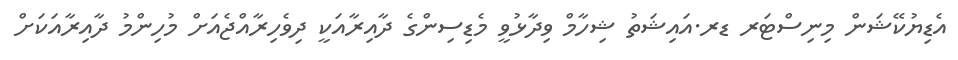
އެޑިޔުކޭޝަން މިނިސްޓަރ ޑރ.އައިޝަތު ޝިހާމް ވިދާޅުވީ މެޑިސިންގެ ދާއިރާއަކީ ދިވެހިރާއްޖެއަށް މުހިންމު ދާއިރާއަކަށް